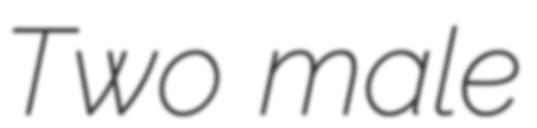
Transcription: Two male